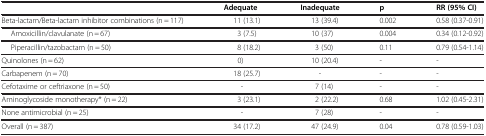
<table><thead><tr><td><b> </b></td><td><b>Adequate</b></td><td><b>Inadequate</b></td><td><b>p</b></td><td><b>RR (95% CI)</b></td></tr></thead><tbody><tr><td>Beta-lactam/Beta-lactam inhibitor combinations (n = 117)</td><td>11 (13.1)</td><td>13 (39.4)</td><td>0.002</td><td>0.58 (0.37-0.91)</td></tr><tr><td>Amoxicillin/clavulanate (n = 67)</td><td>3 (7.5)</td><td>10 (37)</td><td>0.004</td><td>0.34 (0.12-0.92)</td></tr><tr><td>Piperacillin/tazobactam (n = 50)</td><td>8 (18.2)</td><td>3 (50)</td><td>0.11</td><td>0.79 (0.54-1.14)</td></tr><tr><td>Quinolones (n = 62)</td><td>0)</td><td>10 (20.4)</td><td>-</td><td>-</td></tr><tr><td>Carbapenem (n = 70)</td><td>18 (25.7)</td><td>-</td><td>-</td><td>-</td></tr><tr><td>Cefotaxime or ceftriaxone (n = 50)</td><td>-</td><td>7 (14)</td><td>-</td><td>-</td></tr><tr><td>Aminoglycoside monotherapy* (n = 22)</td><td>3 (23.1)</td><td>2 (22.2)</td><td>0.68</td><td>1.02 (0.45-2.31)</td></tr><tr><td>None antimicrobial (n = 25)</td><td>-</td><td>7 (28)</td><td>-</td><td>-</td></tr><tr><td>Overall (n = 387)</td><td>34 (17.2)</td><td>47 (24.9)</td><td>0.04</td><td>0.78 (0.59-1.03)</td></tr></tbody></table>